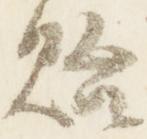
胎